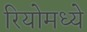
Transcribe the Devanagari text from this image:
रियोमध्ये